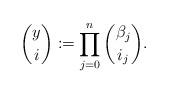
LaTeX: \begin{align*}\binom{y}{i}:=\prod_{j=0}^n \binom{\beta_j}{i_j}. \end{align*}